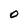
Character: O